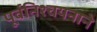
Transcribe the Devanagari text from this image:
पूर्वनिश्चयनाने